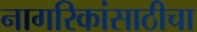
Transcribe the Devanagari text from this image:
नागरिकांसाठीचा